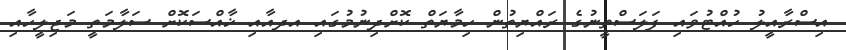
އިސްރާއީލު ހުއްޓުވައި ފަލަސްތީނުގެ ރައްޔިތުން ހިމާޔަތް ކޮށްދިނުމުގައި އދއާއި ޚާއްސަކޮށް ސަލާމަތީ މަޖިލީހާއި